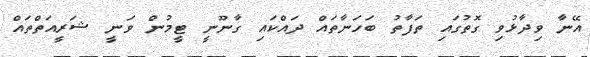
އޭނާ ވިދާޅުވި ގޮތުގައި ތަފާތު ބަހަނާތައް ދައްކައި ގާނޫނީ ޓީމުން ވަނީ ޝަރީއަތްތައް